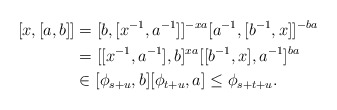
\begin{align*}[x,[a,b]] & = [b,[x^{-1},a^{-1}]]^{-xa} [a^{-1},[b^{-1},x]]^{-ba} \\& = [[x^{-1},a^{-1}],b]^{xa} [[b^{-1},x],a^{-1}]^{ba} \\& \in [\phi_{s+u},b] [\phi_{t+u},a] \leq \phi_{s+t+u}.\end{align*}